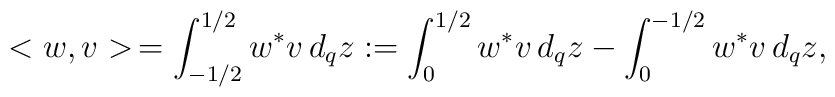
<w,v>\,=\int^{1/2}_{-1/2}w^* v \,d_qz:= \int^{1/2}_0w^* v \,d_qz-\int^{-1/2}_0w^* v \,d_qz,